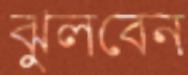
ঝুলবেন